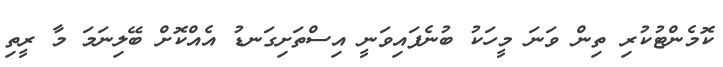
ކޮމެންޓުކުރި ތިން ވަނަ މީހަކު ބުނެފައިވަނީ އިސްތަށިގަނޑު އެއްކޮށް ބޭލިނަމަ މާ ރީތި